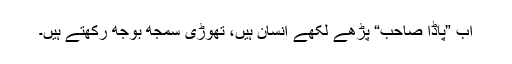
اب ”پاڈا صاحب“ پڑھے لکھے انسان ہیں، تھوڑی سمجھ بوجھ رکھتے ہیں۔